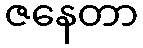
ဇနေတာ